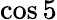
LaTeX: \cos 5